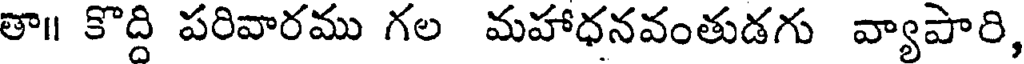
తా॥ కొద్ది పరివారము గల మహాధనవంతుడగు వ్యాపారి,